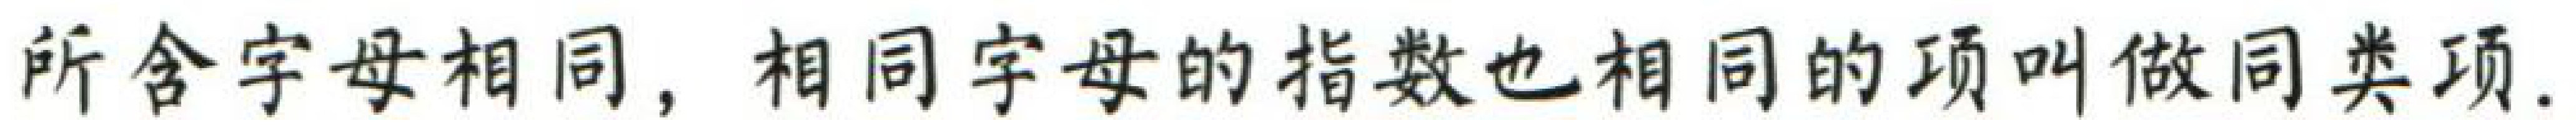
所含字母相同，相同字母的指数也相同的项叫做同类项.